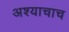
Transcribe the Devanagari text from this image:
अश्याचाच